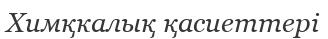
Химқкалық қасиеттері